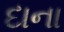
દાના